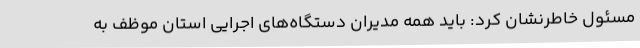
مسئول خاطرنشان کرد: باید همه مدیران دستگاه‌های اجرایی استان موظف به